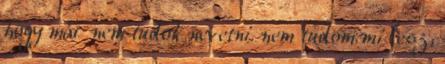
hogy már nem tudok nevetni. nem tudom mi lesz,